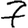
Digit: 7